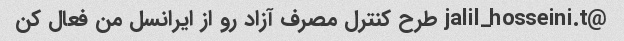
@jalil_hosseini.t طرح کنترل مصرف آزاد رو از ایرانسل من فعال کن